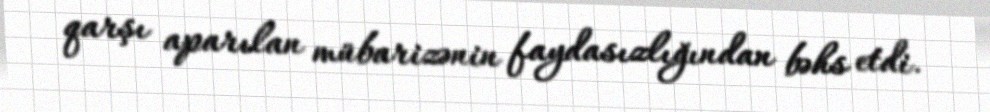
qarşı aparılan mübarizənin faydasızlığından bəhs etdi.